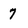
Character: 7